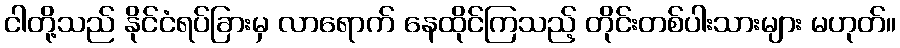
ငါတို့သည် နိုင်ငံရပ်ခြားမှ လာရောက် နေထိုင်ကြသည့် တိုင်းတစ်ပါးသားများ မဟုတ်။